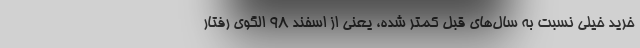
خرید خیلی نسبت به سال‌های قبل کمتر شده، یعنی از اسفند ۹۸ الگوی رفتار